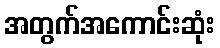
အတွက်အကောင်းဆုံး